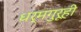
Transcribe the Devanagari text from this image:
धर्मगुरूही